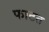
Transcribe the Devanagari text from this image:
फाटत